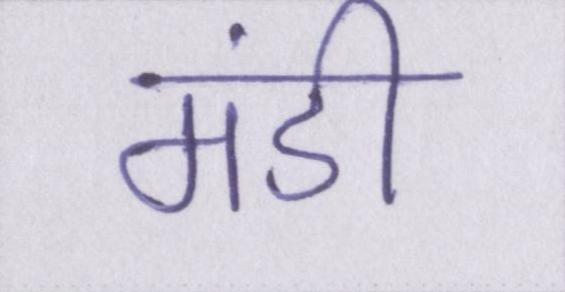
मंडी